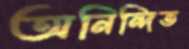
অনিন্দিত